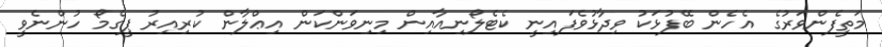
މަތީފެންވަރުގެ އެހެން ބޭފުޅަކު ވިދާޅުވެފައިނީ ކެޓެލޯނިއާއިން މިނިވަންކަން އިޢްލާން ކުރިއިރު ޕީގެމޯ ހުންނެވީ